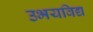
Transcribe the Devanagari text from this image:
उभयविद्य